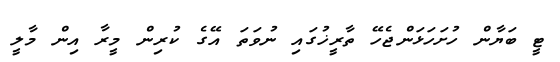
ޓީ ބަޔާން ހުށަހަޅަންޖެހޭ ތާރީޚުގައި ނުވަތަ އޭގެ ކުރިން މީރާ އިން މާލީ